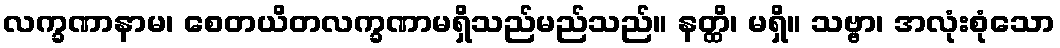
လက္ခဏာနာမ၊ စေတယိတလက္ခဏာမရှိသည်မည်သည်။ နတ္ထိ၊ မရှိ။ သဗ္ဗာ၊ အလုံးစုံသော